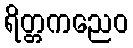
ရိတ္တကညေဝ